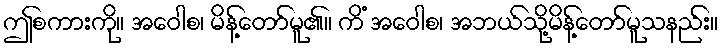
ဤစကားကို။ အဝေါစ၊ မိန့်တော်မူ၏။ ကိံ အဝေါစ၊ အဘယ်သို့မိန့်တော်မူသနည်း။